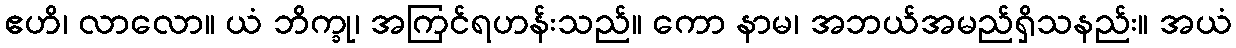
ဧဟိ၊ လာလော။ ယံ ဘိက္ခု၊ အကြင်ရဟန်းသည်။ ကော နာမ၊ အဘယ်အမည်ရှိသနည်း။ အယံ